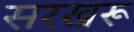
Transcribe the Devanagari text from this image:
सरखरू